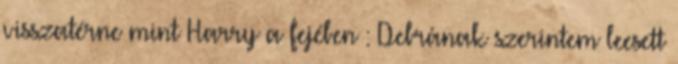
visszatérne mint Harry a fejében : Debrának szerintem leesett